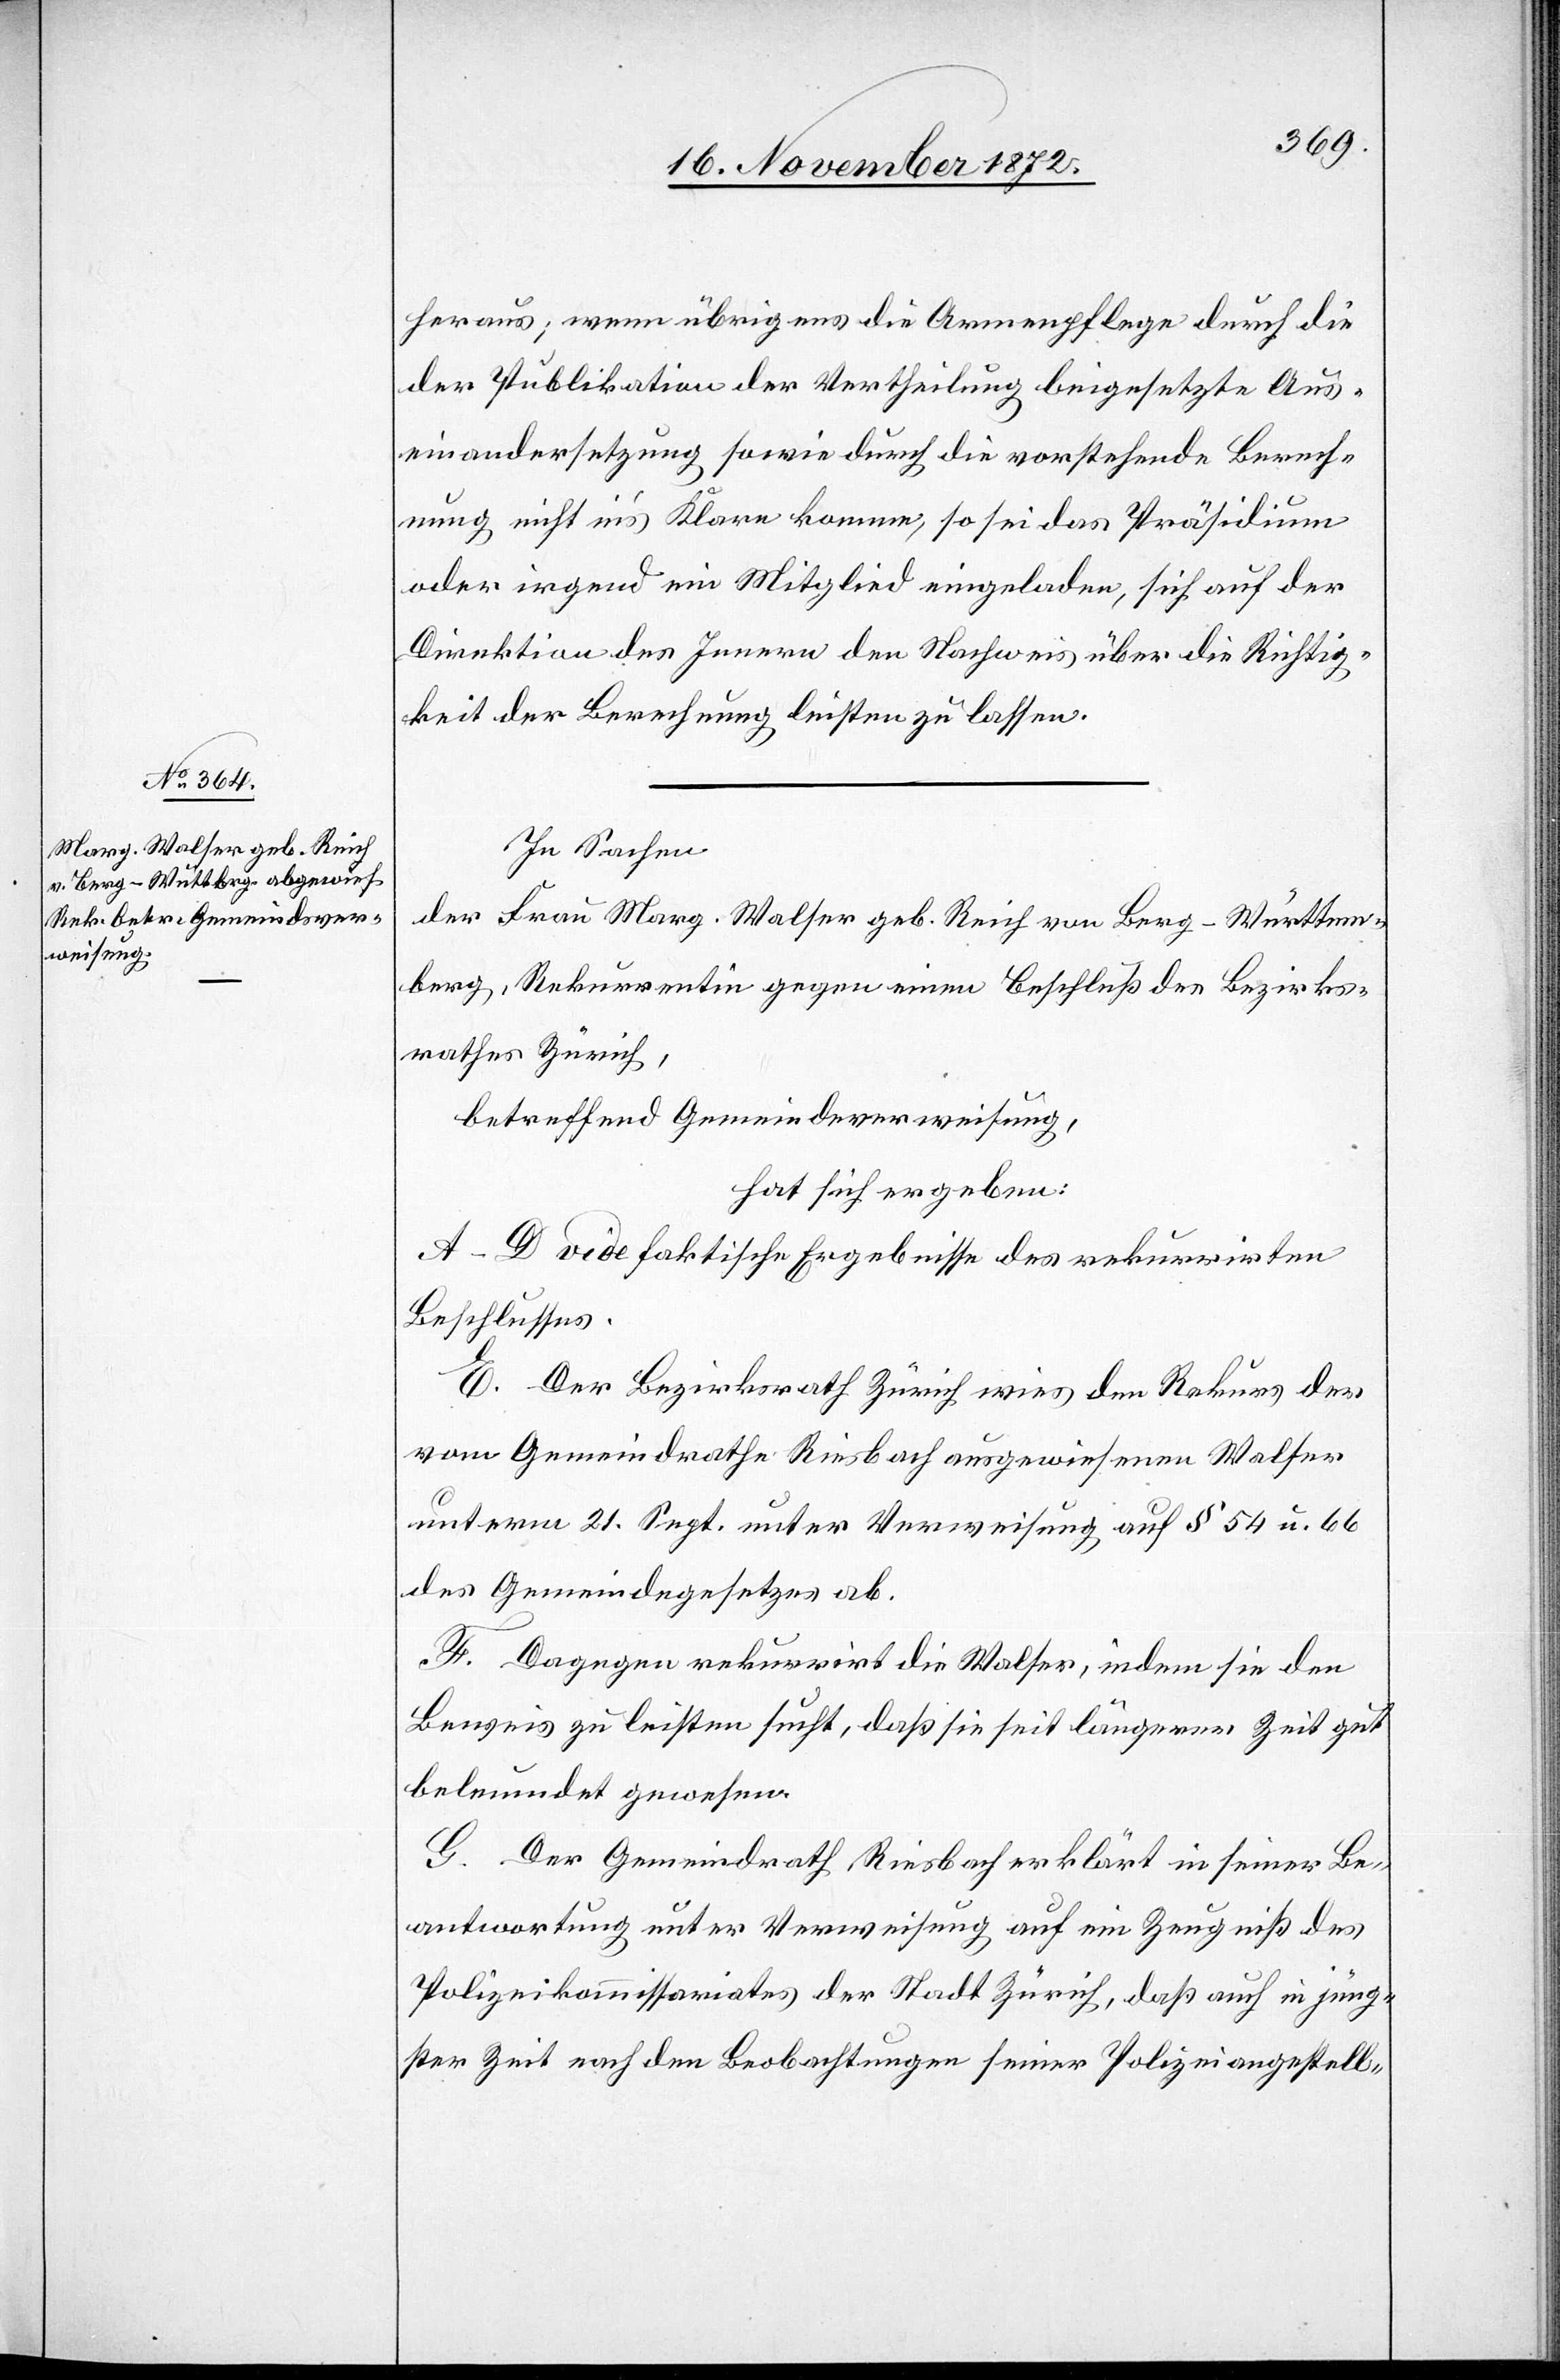
heraus; wenn übrigens die Armenpflege durch die
der Publikation der Vertheilung beigesetzte Aus¬
einandersetzung sowie durch die vorstehende Berech¬
nung nicht in’s Klare komme, so sei das Präsidium
oder irgend ein Mitglied eingeladen, sich auf der
Direktion des Innern den Nachweis über die Richtig¬
keit der Berechnung leisten zu lassen.
In Sachen
der Frau Marg. Walser geb. Reich von Berg-Württem¬
berg, Rekurrentin gegen einen Beschluß des Bezirks¬
rathes Zürich,
betreffend Gemeindeverweisung,
hat sich ergeben:
A–D vide faktische Ergebnisse des rekurrirten
Beschlusses.
E. Der Bezirksrath Zürich wies den Rekurs des
vom Gemeindrathe Riesbach ausgewiesenen Walser
unterm 21. Sept. unter Verweisung auf § 54 u. 66
des Gemeindegesetzes ab.
F. Dagegen rekurrirt die Walser, indem sie den
Beweis zu leisten sucht, daß sie seit längerer Zeit gut
beleumdet gewesen.
G. Der Gemeindrath Riesbach erklärt in seiner Be¬
antwortung unter Verweisung auf ein Zeugniß des
Polizeikommissariates der Stadt Zürich, daß auch in jüng¬
ster Zeit nach den Beobachtungen seiner Polizeiangestell-